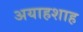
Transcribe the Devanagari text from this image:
अयाहशाह